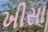
ખીસા